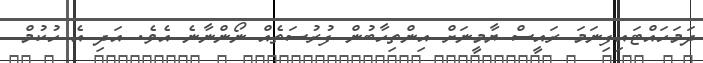
ދަމަހަައްޓައިފިނަމަ ރައީސް ޔާމީނަށް އިންތިހާބުން ފުރުސަތެއް ނޯންނާނެ އެވެ. އަދި އެ ހުކުމް